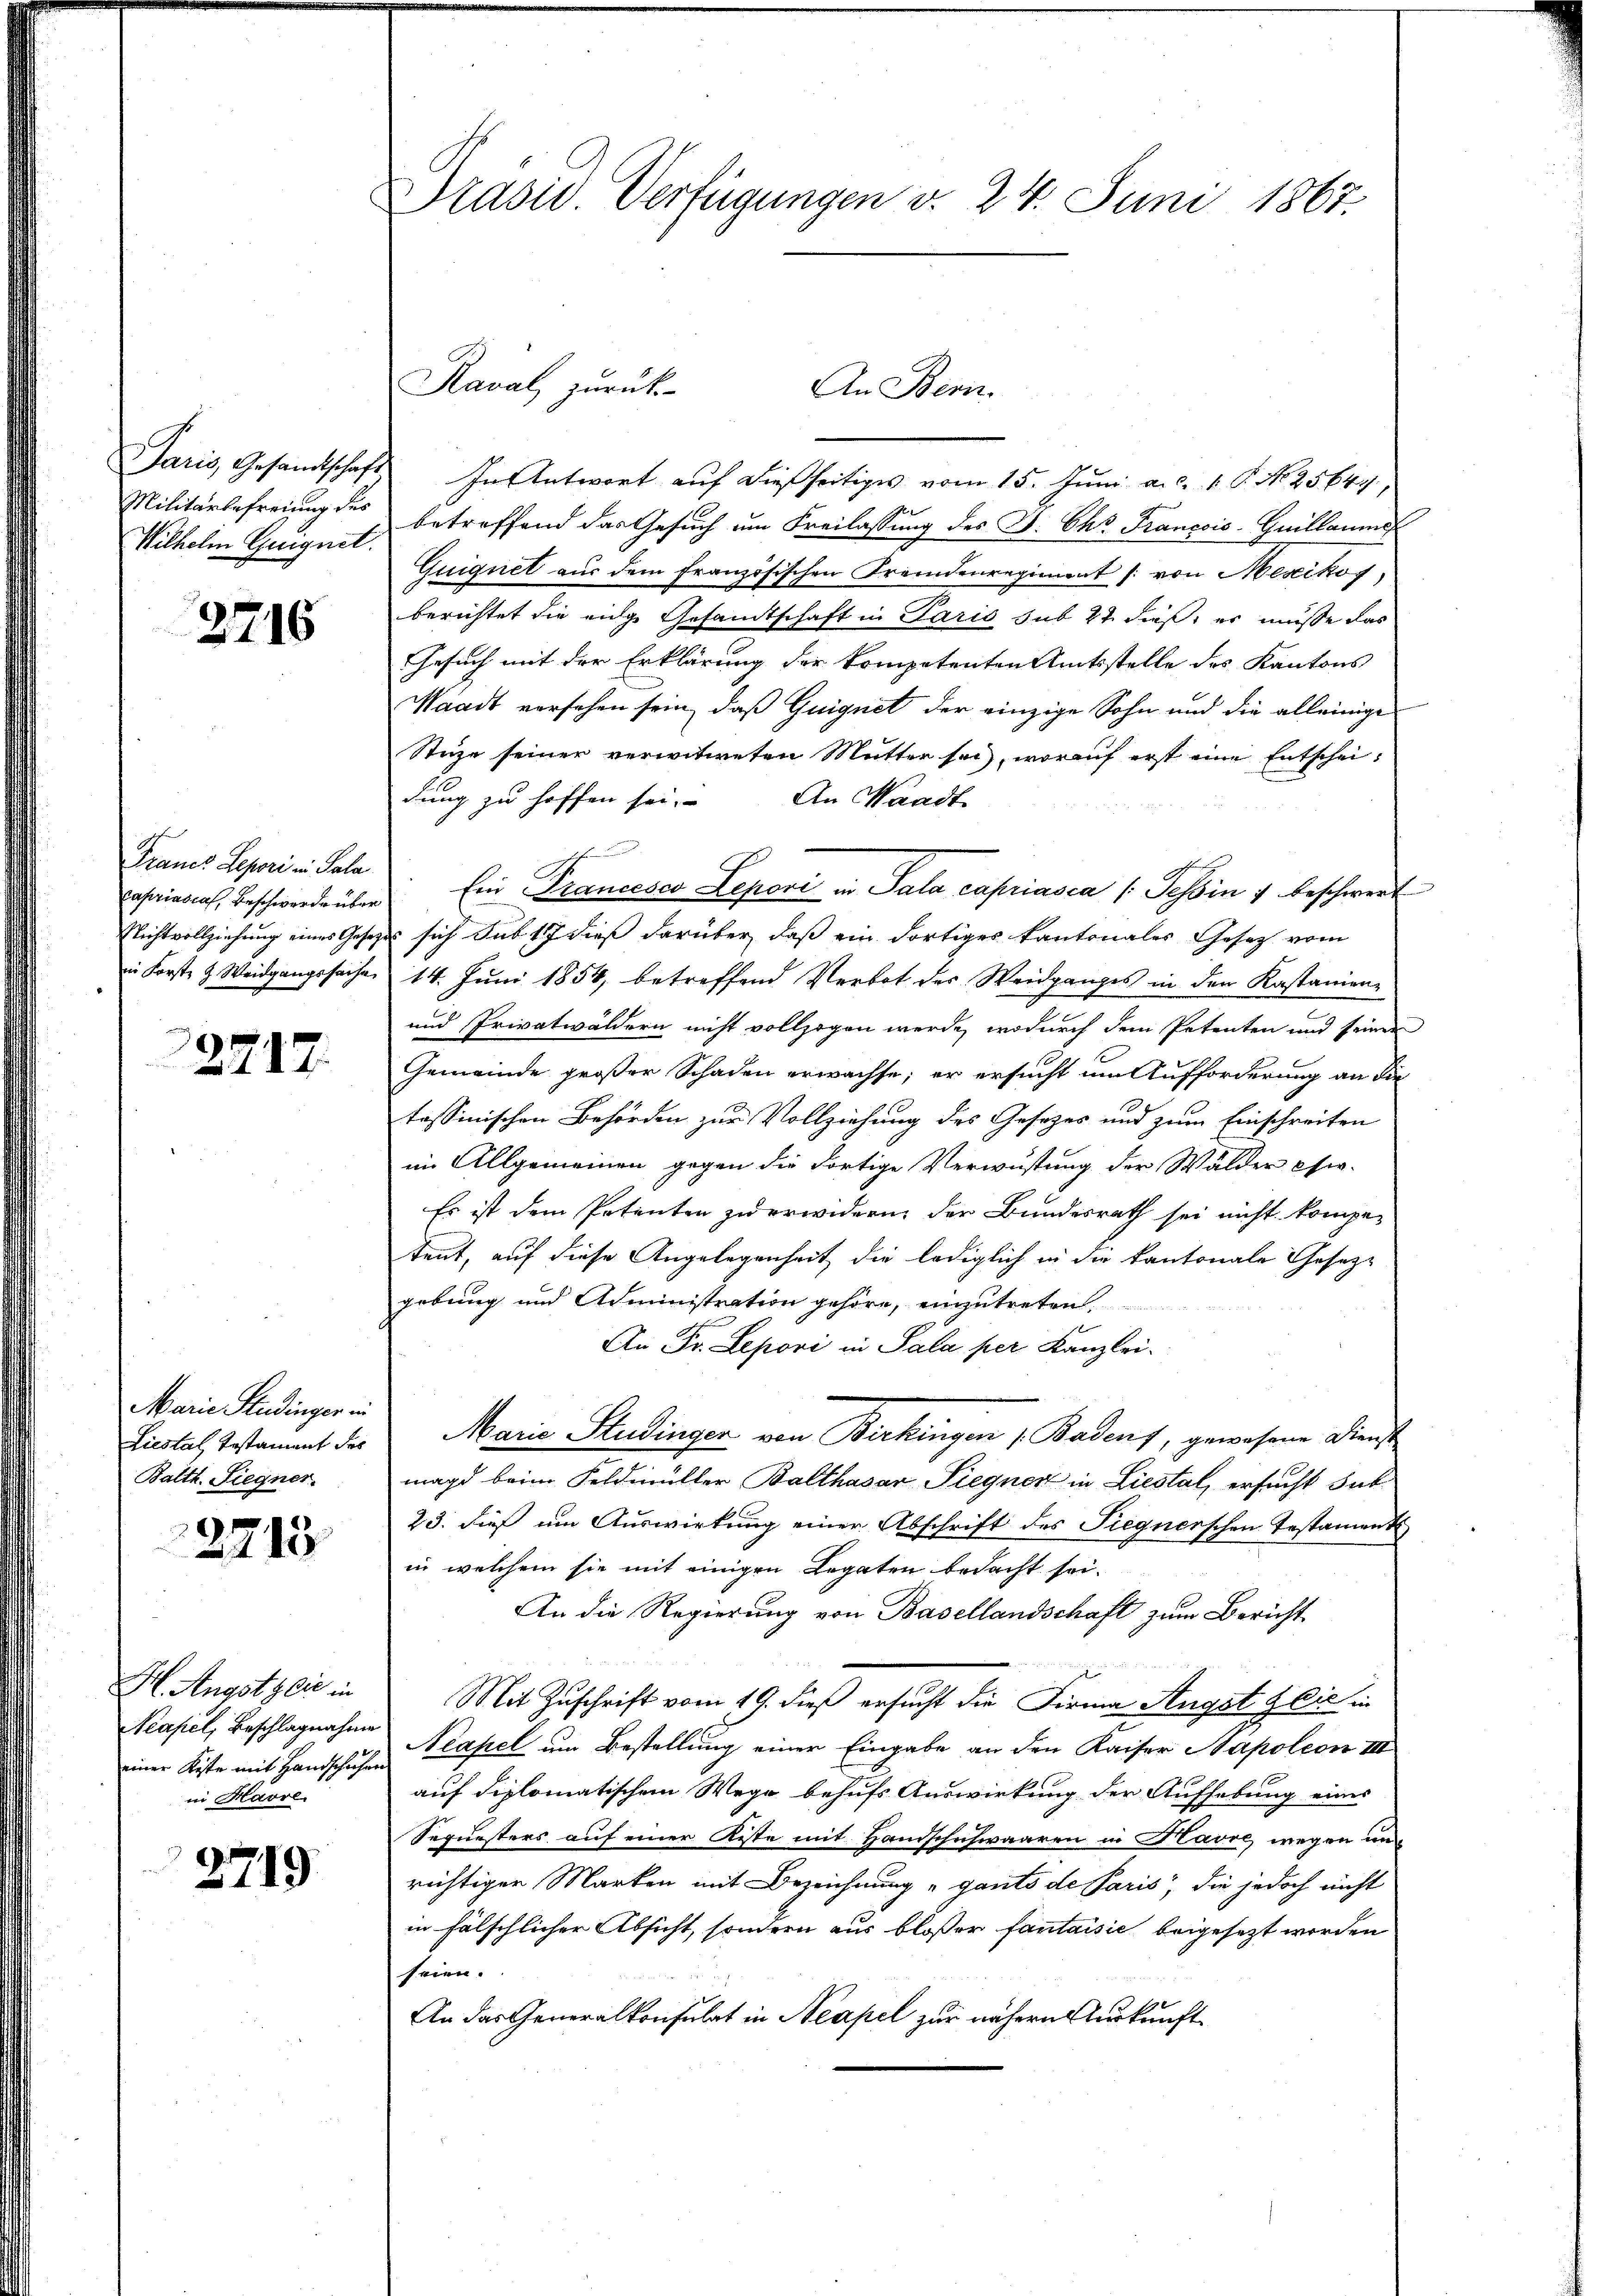
Paris, Gesandtschaft
Militärbefreiung des
Wilhelm Geeignet.

2716

Francs Lepori in Pala
capriascal, Beschwerde über
Richtvollziehung eines Gese
in Forste J. Weidgangssache

2717.

Marie Studinger in
Liestal Testament des
Balth. Siegner.

2713

H. Angstylić in
Neapel, Beschlagnahme
einer Kiste mit Handschuhen
in Havre

2719.

Präsid. Verfügungen v. 24. Juni 1867.

Raval, zurück
In Antwort auf dießseitiges vom 15. Juni a.c. P. Nr. 25644,
betreffend das Gesuch um Freilassung des J. Chr. Francois-Guillaume
Guignet aus dem französischen Fremdenregiment (von Mexikos
berichtet die eige Gesandtschaft in Paris sub 27. dieß, er müsse das
Gesuch mit der Erklärung der kompetenten Amtsstelle des Kantons
Waadt versehen sein, daß Guignet der einzige Sohn und die alleinige
Stuze seiner verwitweten Mutter sei, worauf erst eine Entscheidung zu hoffen sei.
An Waadt
Ein Francesco Lepori in Sala capriasca (Tessin 7 beschwert
 sich sub. 17 dieß darüber, daß ein dortiges Kantonales Gesetz vom
14. Juni 1854, betreffend Verbot des Weidganges in den Kastanienz
und Privatwäldern nicht vollzogen werde, wodurch dem Petenten und seiner
Gemeinde großer Schaden erwachse; er ersucht im Aufforderung an die
tassinischen Behörden zur Vollziehung des Gesetzes und zum Einschreiten
im Allgemeinen gegen die dortige Verwüstung der Wälder Osw.
Es ist dem Petenten zu erwidern, der Bundesrath sei nicht kompeteut, auf diese Angelegenheit die lediglich in die kantonale Gesezgebung und Administration gehöre, einzutreten,
An Fr. Leponi in Sala per Kanzlei.
Marie Studinger von Birkingen Badens, gewesene Dienst
magd beim Feldmüller Balthasar Piegner in Liestal, ersucht sub
23. dieß um Auswirkung einer Abschrift des Siegnerschen Testament
in welchem sie mit einigen Legaten bedacht sei.
An die Regierung von Basellandschaft zum Bericht
Mit Zuschrift vom 19. dieß ersucht die Firma Angst Glie in
Neapel um Bestellung einer Eingabe an den Kaiser Napoleon III
auf diplomatischem Wege behufs Auswirkung der Aufhebung eines
Sequesters auf einer Kiste mit Handschuhwaaren in Havre wegen unrichtiger Marken mit Bezeichnung „gants de Paris die jedoch nicht
in fälschlicher Absicht, sondern aus bloßer fantaisie beigesezt worden
seien.
An das Generalkonsulat in Neapel zur nähern Auskunft¬

An Bern.